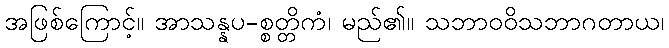
အဖြစ်ကြောင့်။ အာသန္နပ-စ္စတ္တိကံ၊ မည်၏။ သဘာဝဝိသဘာဂတာယ၊